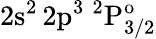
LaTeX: \mathrm{2s^{2}\, 2p^{3}~^{2}P_{3/2}^{o}}